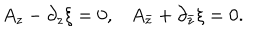
\begin{matrix} { { A _ { z } - \partial _ { z } \xi = 0 , } } & { { A _ { \bar { z } } + \partial _ { \bar { z } } \xi = 0 . } } \\ \end{matrix}